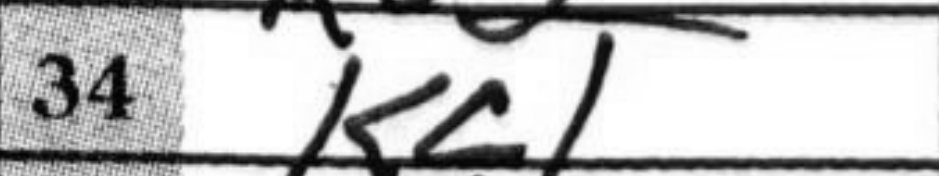
Transcription: Kc1